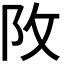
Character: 𨸩